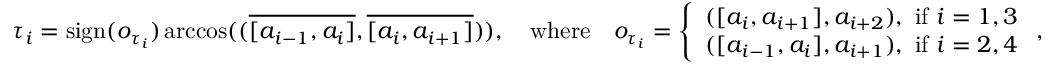
\tau _ { i } = \mathrm { s i g n } ( o _ { \tau _ { i } } ) \operatorname { a r c c o s } ( ( \overline { { [ a _ { i - 1 } , a _ { i } ] } } , \overline { { [ a _ { i } , a _ { i + 1 } ] } } ) ) , \quad \mathrm { w h e r e } \quad o _ { \tau _ { i } } = \left\{ \begin{array} { l l } { ( [ a _ { i } , a _ { i + 1 } ] , a _ { i + 2 } ) , \mathrm { ~ i f ~ } i = 1 , 3 } \\ { ( [ a _ { i - 1 } , a _ { i } ] , a _ { i + 1 } ) , \mathrm { ~ i f ~ } i = 2 , 4 } \end{array} \right. ,